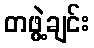
တဖွဲ့ချင်း